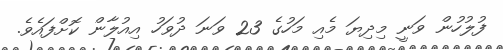
ފުލުހުން ވަނީ މިދިޔަ މެއި މަހުގެ 23 ވަނަ ދުވަހު އިއުލާން ކޮށްފައެވެ.